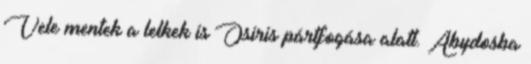
Vele mentek a lelkek is Osiris pártfogása alatt. Abydosba